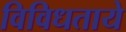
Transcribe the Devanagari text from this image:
विविधताये